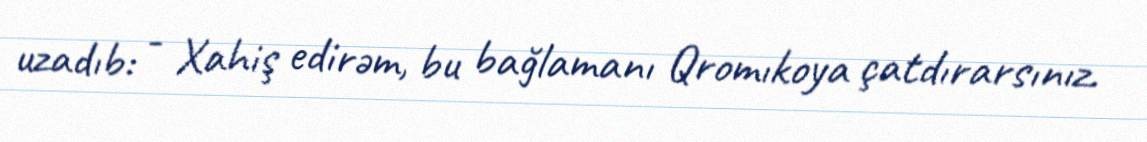
uzadıb: - Xahiş edirəm, bu bağlamanı Qromıkoya çatdırarsınız.